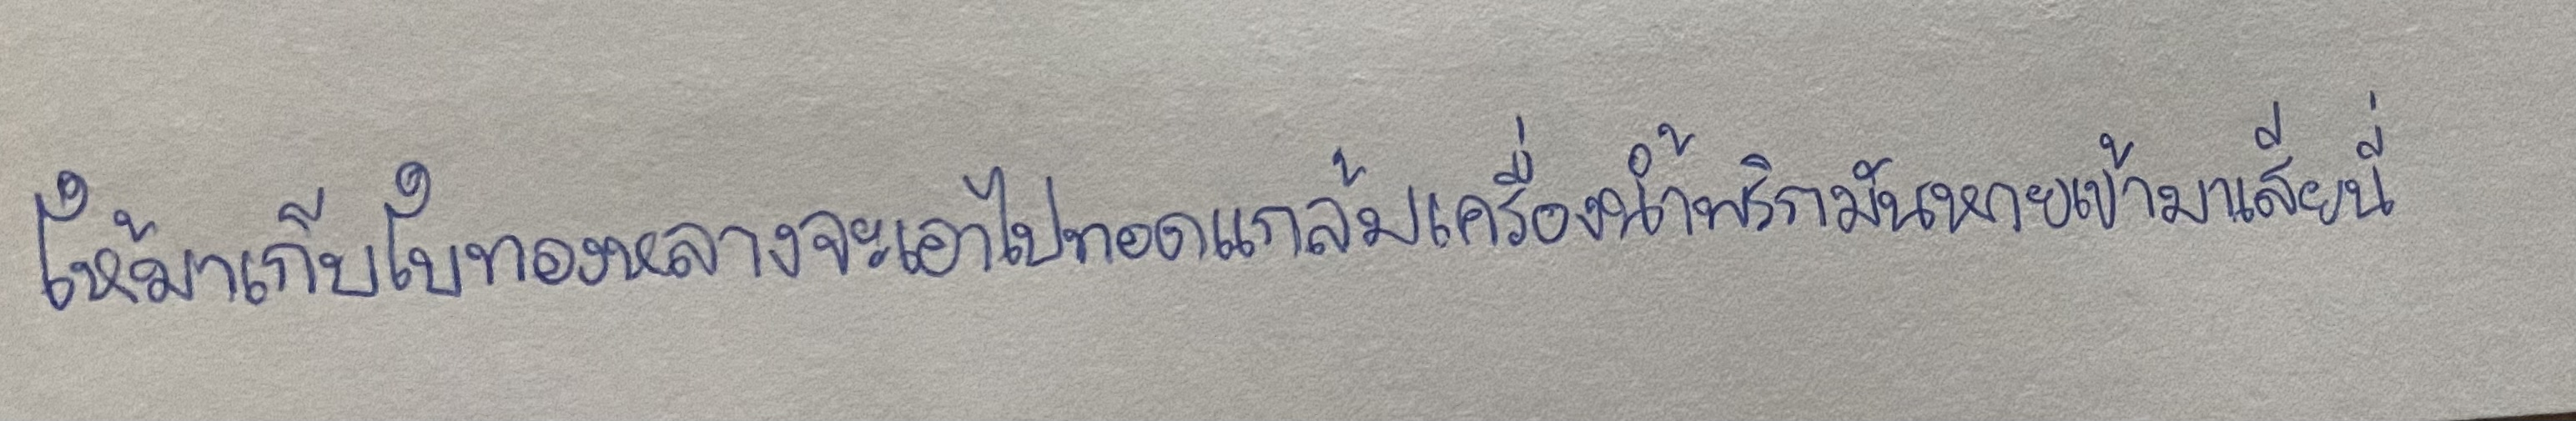
ให้มาเก็บใบทองหลางจะเอาไปทอดแกล้มเครื่องน้ำพริกมันหายเข้ามาเสียนี่